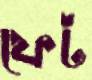
ফেট